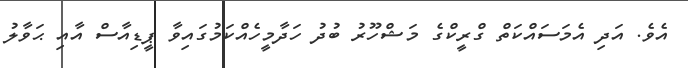
އެވެ. އަދި އެމަސައްކަތް ގްރީކްގެ މަޝްހޫރު ބުދު ހަދާމީހެއްކަމުގައިވާ ޕީޑިއާސް އާއި ޙަވާލު